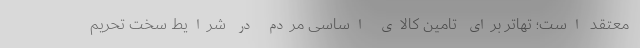
معتقد است؛ ‌تهاتر برای تامین کالای اساسی مردم در شرایط سخت تحریم